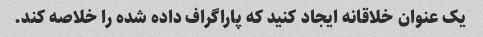
یک عنوان خلاقانه ایجاد کنید که پاراگراف داده شده را خلاصه کند.